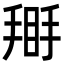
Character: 𢰿